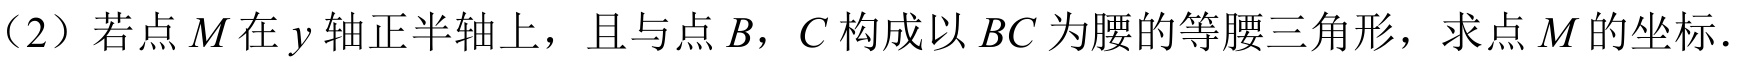
（2）若点\(M\)在\(y\)轴正半轴上，且与点\(B\)，\(C\)构成以\(BC\)为腰的等腰三角形，求点\(M\)的坐标.